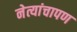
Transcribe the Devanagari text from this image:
नेत्यांचापण